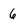
Character: 6